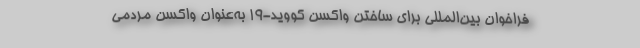
فراخوان بین‌المللی برای ساختن واکسن کووید-۱۹ به‌عنوان واکسن مردمی